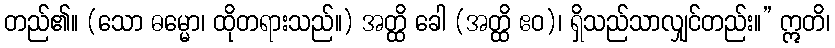
တည်၏။ (သော ဓမ္မော၊ ထိုတရားသည်။) အတ္ထိ ခေါ (အတ္ထိ ဧဝ)၊ ရှိသည်သာလျှင်တည်း။” ဣတိ၊